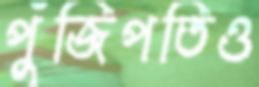
পুঁজিপতিও